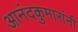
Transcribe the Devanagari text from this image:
आनंदकुमारांनी